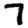
Digit: 7